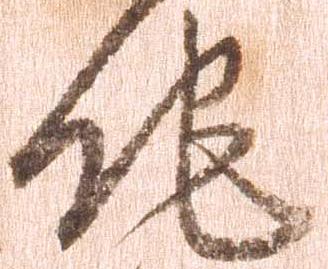
他